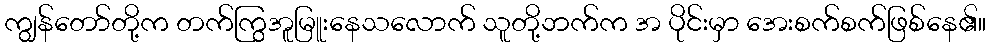
ကျွန်တော်တို့က တက်ကြွအူမြူးနေသလောက် သူတို့ဘက်က အ ပိုင်းမှာ အေးစက်စက်ဖြစ်နေ၏။